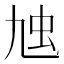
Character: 𧈤